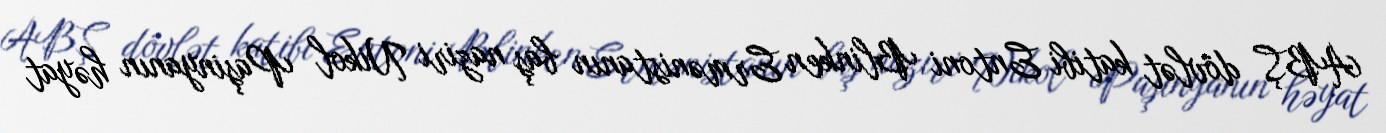
ABŞ dövlət katibi Entoni Blinken Ermənistanın baş naziri Nikol Paşinyanın həyat